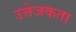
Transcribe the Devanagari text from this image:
उत्तेजकता